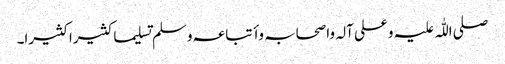
صلی اللّٰہ علیہ وعلی آلہ واصحابہ وأتباعہ وسلم تسلیما کثیرا کثیرا۔